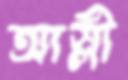
আস্‌লী